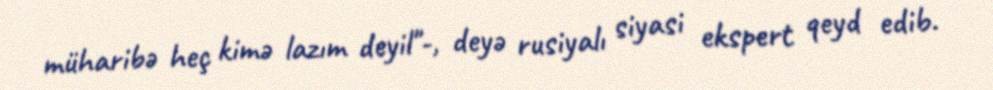
müharibə heç kimə lazım deyil"-, deyə rusiyalı siyasi ekspert qeyd edib.